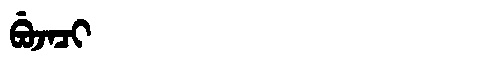
Manchu: ᠪᡠᠵᠠᠴᡳ
Romanization: BUJACI